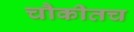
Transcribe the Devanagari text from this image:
चौकीतच